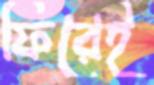
ফিরেই